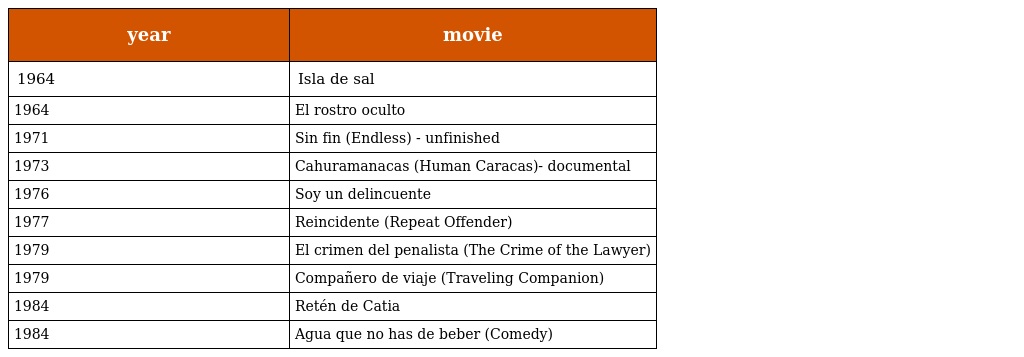
| year | movie |
 | --- | --- |
 | 1964 | Isla de sal |
 | 1964 | El rostro oculto |
 | 1971 | Sin fin (Endless) - unfinished |
 | 1973 | Cahuramanacas (Human Caracas)- documental |
 | 1976 | Soy un delincuente |
 | 1977 | Reincidente (Repeat Offender) |
 | 1979 | El crimen del penalista (The Crime of the Lawyer) |
 | 1979 | Compañero de viaje (Traveling Companion) |
 | 1984 | Retén de Catia |
 | 1984 | Agua que no has de beber (Comedy) |